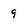
Character: 9